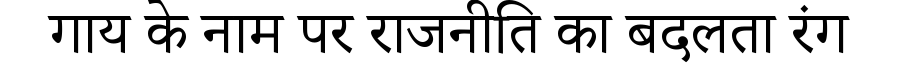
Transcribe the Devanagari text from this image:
गाय के नाम पर राजनीति का बदलता रंग